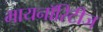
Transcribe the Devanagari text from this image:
मायनाॅरिटीज